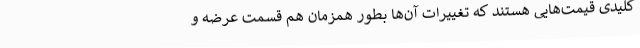
کلیدی قیمت‌هایی هستند که تغییرات آن‌ها بطور همزمان هم قسمت عرضه و